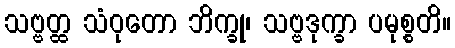
သဗ္ဗတ္ထ သံဝုတော ဘိက္ခု၊ သဗ္ဗဒုက္ခာ ပမုစ္စတိ။